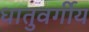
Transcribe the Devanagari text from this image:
धातुवर्गीय